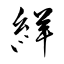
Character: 絴